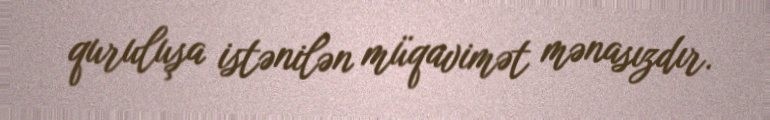
quruluşa istənilən müqavimət mənasızdır.